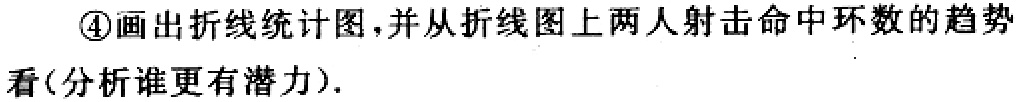
\textcircled{4}画出折线统计图，并从折线图上两人射击命中环数的趋势看(分析谁更有潜力).